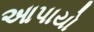
આપાયો